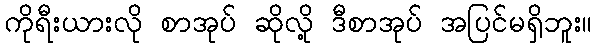
ကိုရီးယားလို စာအုပ် ဆိုလို့ ဒီစာအုပ် အပြင်မရှိဘူး။